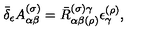
\bar { \delta } _ { \epsilon } A _ { \alpha \beta } ^ { ( \sigma ) } = \bar { R } _ { \alpha \beta ( \rho ) } ^ { ( \sigma ) \gamma } \epsilon _ { \gamma } ^ { ( \rho ) } ,